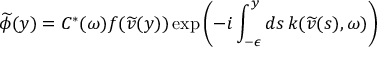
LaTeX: \widetilde { \phi } ( y ) = C ^ { * } ( \omega ) f ( \widetilde { v } ( y ) ) \exp \left( - i \int _ { - \epsilon } ^ { y } d s \, k ( \widetilde { v } ( s ) , \omega ) \right)